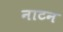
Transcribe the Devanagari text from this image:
नाटन